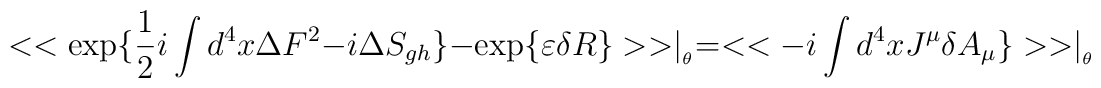
<<\exp \{\frac{1}{2}i\int d^{4}x\Delta F^{2}-i\Delta S_{gh}\}-\exp \{\varepsilon \delta R\}>>\mid _{_{\theta }}=<<-i\int d^{4}xJ^{\mu }\delta A_{\mu }\}>>\mid _{_{\theta }}